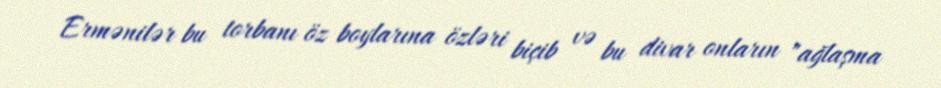
Ermənilər bu torbanı öz boylarına özləri biçib və bu divar onların "ağlaşma